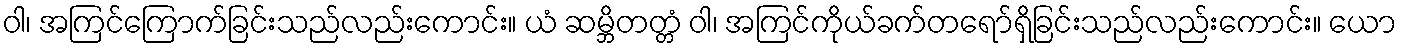
ဝါ၊ အကြင်ကြောက်ခြင်းသည်လည်းကောင်း။ ယံ ဆမ္ဘိတတ္တံ ဝါ၊ အကြင်ကိုယ်ခက်တရော်ရှိခြင်းသည်လည်းကောင်း။ ယော